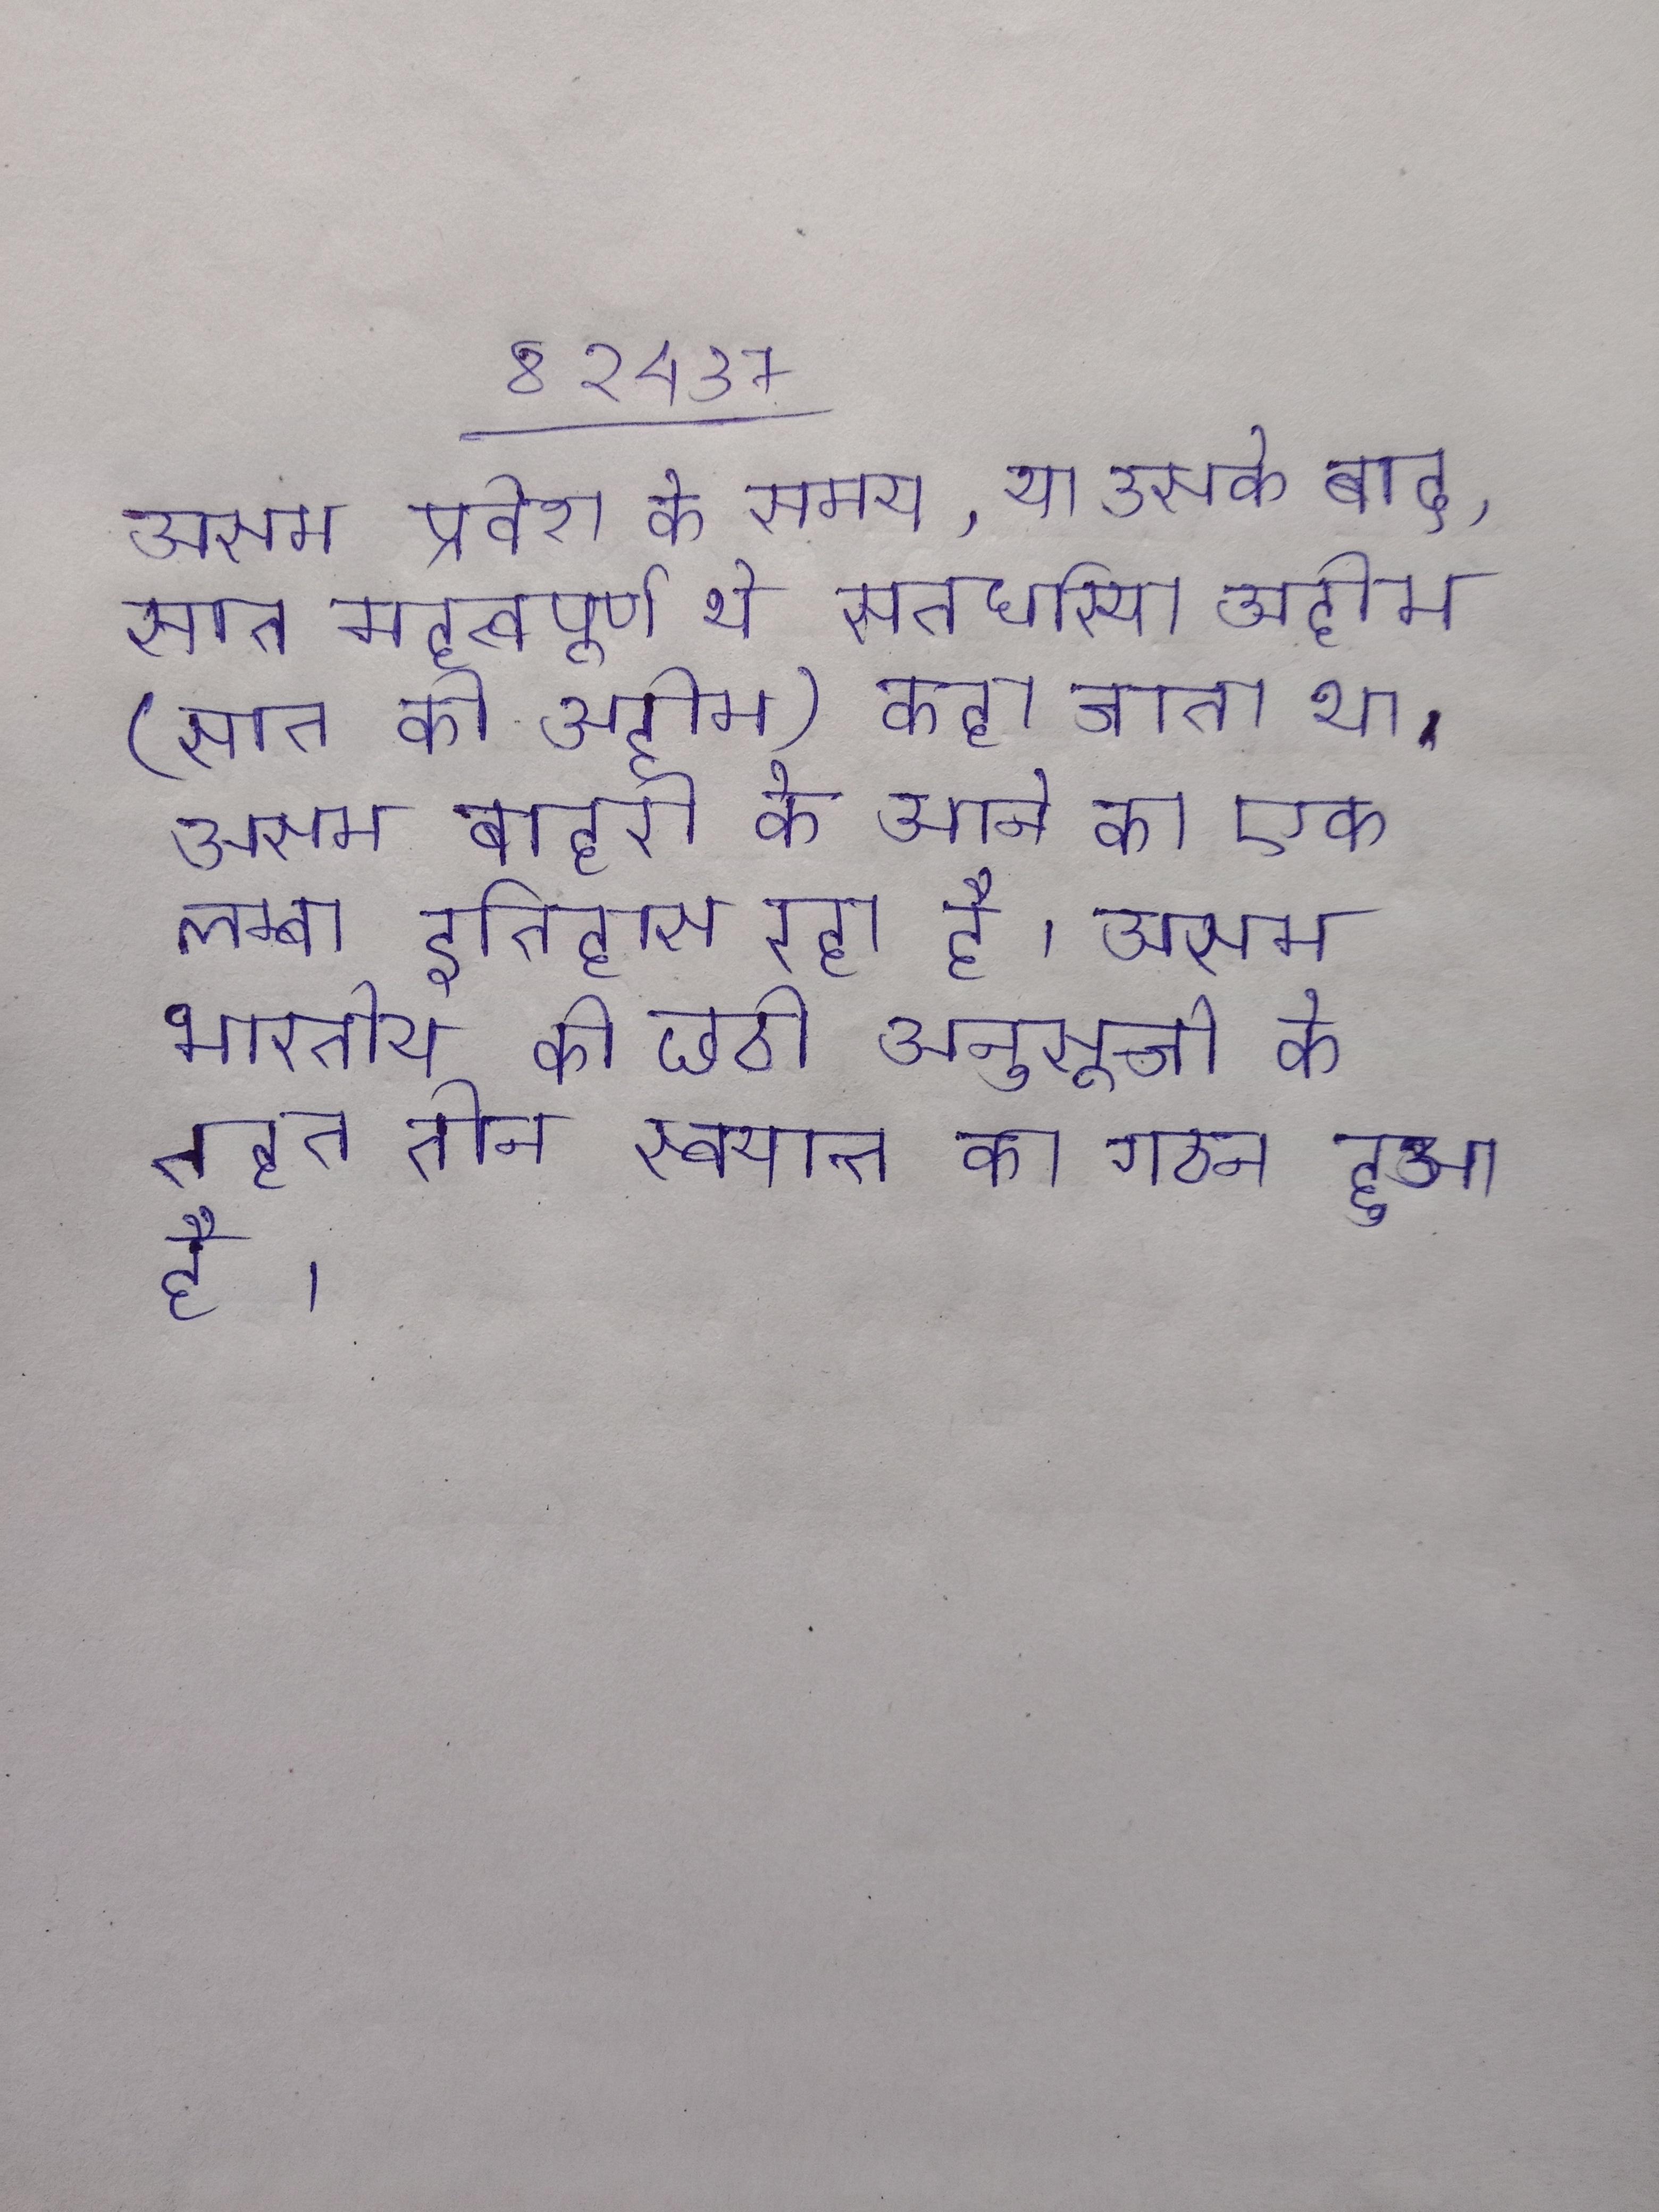
असम प्रवेश के समय, या उसके बाद, सात महत्वपूर्ण थे, सतघरिया अहोम (सात की अहोम) कहा जाता था । असम बाहरी के आने का एक लम्बा इतिहास रहा है । असम भारतीय की छठी अनुसूची के तहत तीन स्वायत्त का गठन हुआ है ।